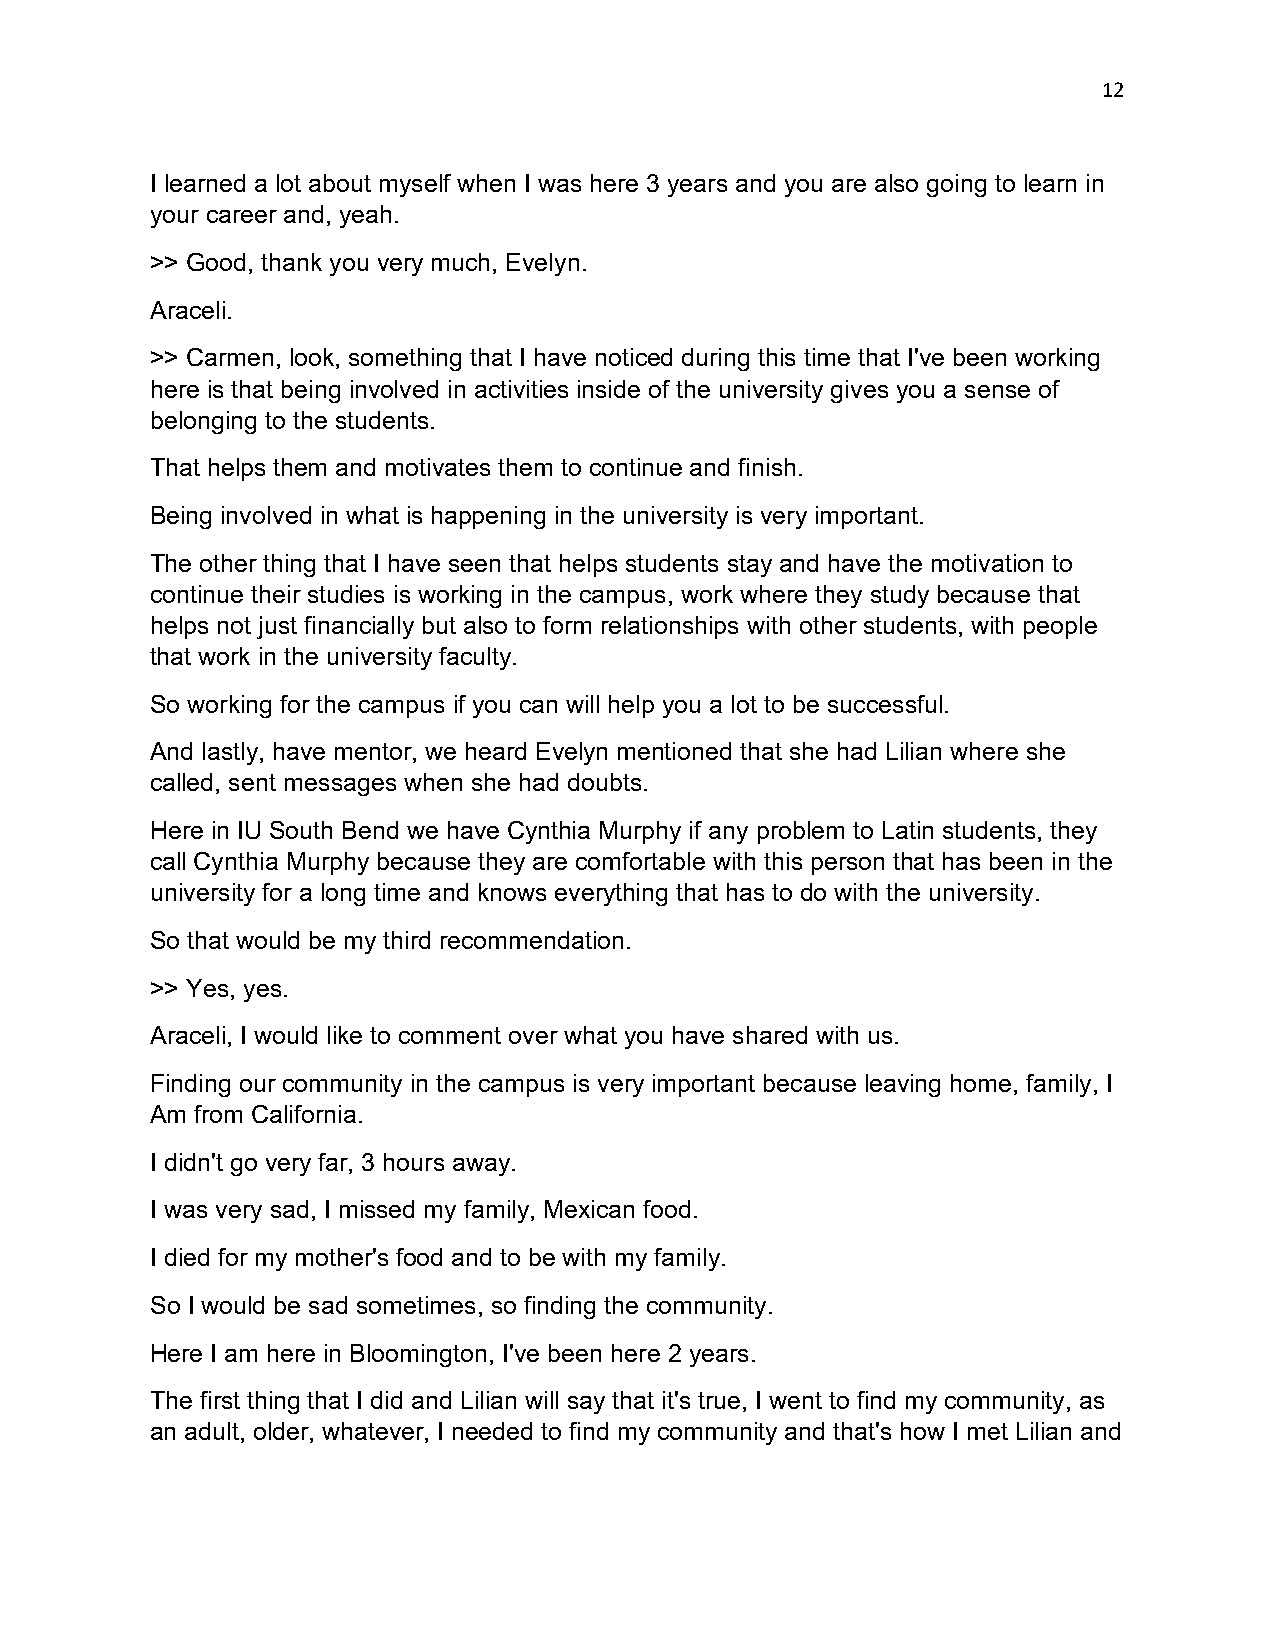
12
 I learned a lot about myself when I was here 3 years and you are also going to learn in
 your career and, yeah.
 >> Good, thank you very much, Evelyn.
 Araceli.
 >> Carmen, look, something that I have noticed during this time that I've been working
 here is that being involved in activities inside of the university gives you a sense of
 belonging to the students.
 That helps them and motivates them to continue and finish.
 Being involved in what is happening in the university is very important.
 The other thing that I have seen that helps students stay and have the motivation to
 continue their studies is working in the campus, work where they study because that
 helps not just financially but also to form relationships with other students, with people
 that work in the university faculty.
 So working for the campus if you can will help you a lot to be successful.
 And lastly, have mentor, we heard Evelyn mentioned that she had Lilian where she
 called, sent messages when she had doubts.
 Here in IU South Bend we have Cynthia Murphy if any problem to Latin students, they
 call Cynthia Murphy because they are comfortable with this person that has been in the
 university for a long time and knows everything that has to do with the university.
 So that would be my third recommendation.
 >> Yes, yes.
 Araceli, I would like to comment over what you have shared with us.
 Finding our community in the campus is very important because leaving home, family, I
 Am from California.
 I didn't go very far, 3 hours away.
 I was very sad, I missed my family, Mexican food.
 I died for my mother's food and to be with my family.
 So I would be sad sometimes, so finding the community.
 Here I am here in Bloomington, I've been here 2 years.
 The first thing that I did and Lilian will say that it's true, I went to find my community, as
 an adult, older, whatever, I needed to find my community and that's how I met Lilian and